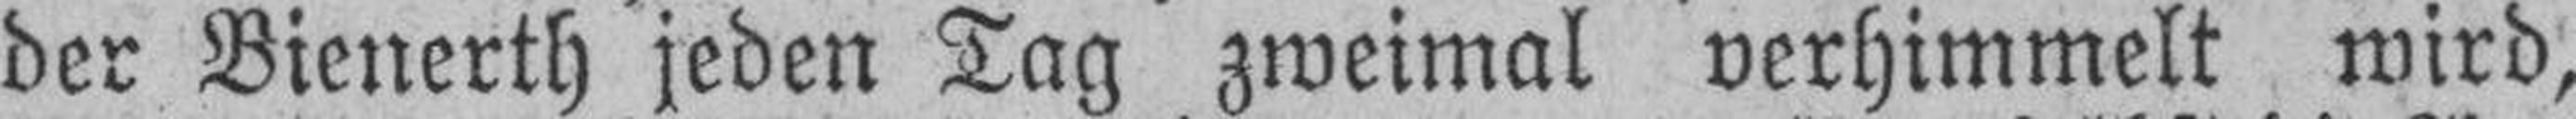
der Bienerth jeden Tag zweimal verhimmelt wird,